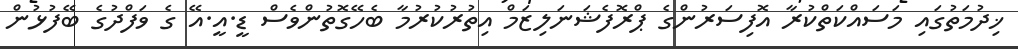
ޚިދުމަތުގައި މަސައްކަތްކުރާ އޮފިސަރުންގެ ޕްރޮފެޝަނަލިޒަމް އިތުރުކުރުމާ ބެހޭގޮތުންވެސް ޑީ.އީ.އޭ ގެ ވަފްދުގެ ބޭފުޅުން